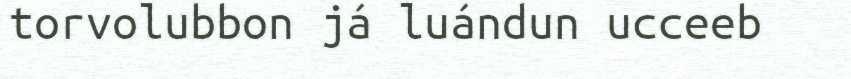
torvolubbon já luándun ucceeb